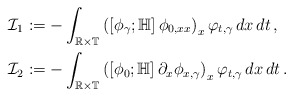
\begin{align*}&\mathcal I_1:=-\int_{\mathbb R\times\mathbb T}\left(\left[\phi_\gamma;\mathbb H\right]\phi_{0,xx}\right)_x\varphi_{t,\gamma}\,dx\,dt\,,\\&\mathcal I_2:=-\int_{\mathbb R\times\mathbb T}\left(\left[\phi_0;\mathbb H\right]\partial_x\phi_{x,\gamma}\right)_x\varphi_{t,\gamma}\,dx\,dt\,.\end{align*}